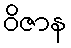
ဝိဇာန